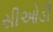
સીઓડી